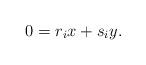
LaTeX: \begin{align*}0 = r_i x + s_i y.\end{align*}